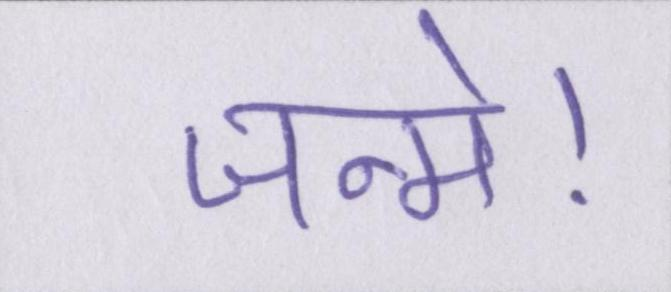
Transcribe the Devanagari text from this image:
जन्मे।